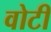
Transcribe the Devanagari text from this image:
वोटी